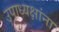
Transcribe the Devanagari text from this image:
उपाध्यक्षांना